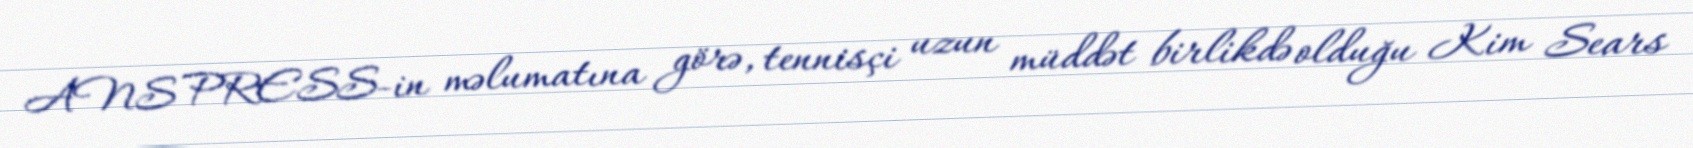
ANS PRESS-in məlumatına görə, tennisçi uzun müddət birlikdə olduğu Kim Sears